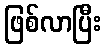
ဖြစ်လာပြီး